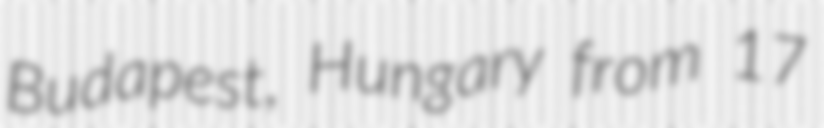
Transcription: Budapest, Hungary from 17